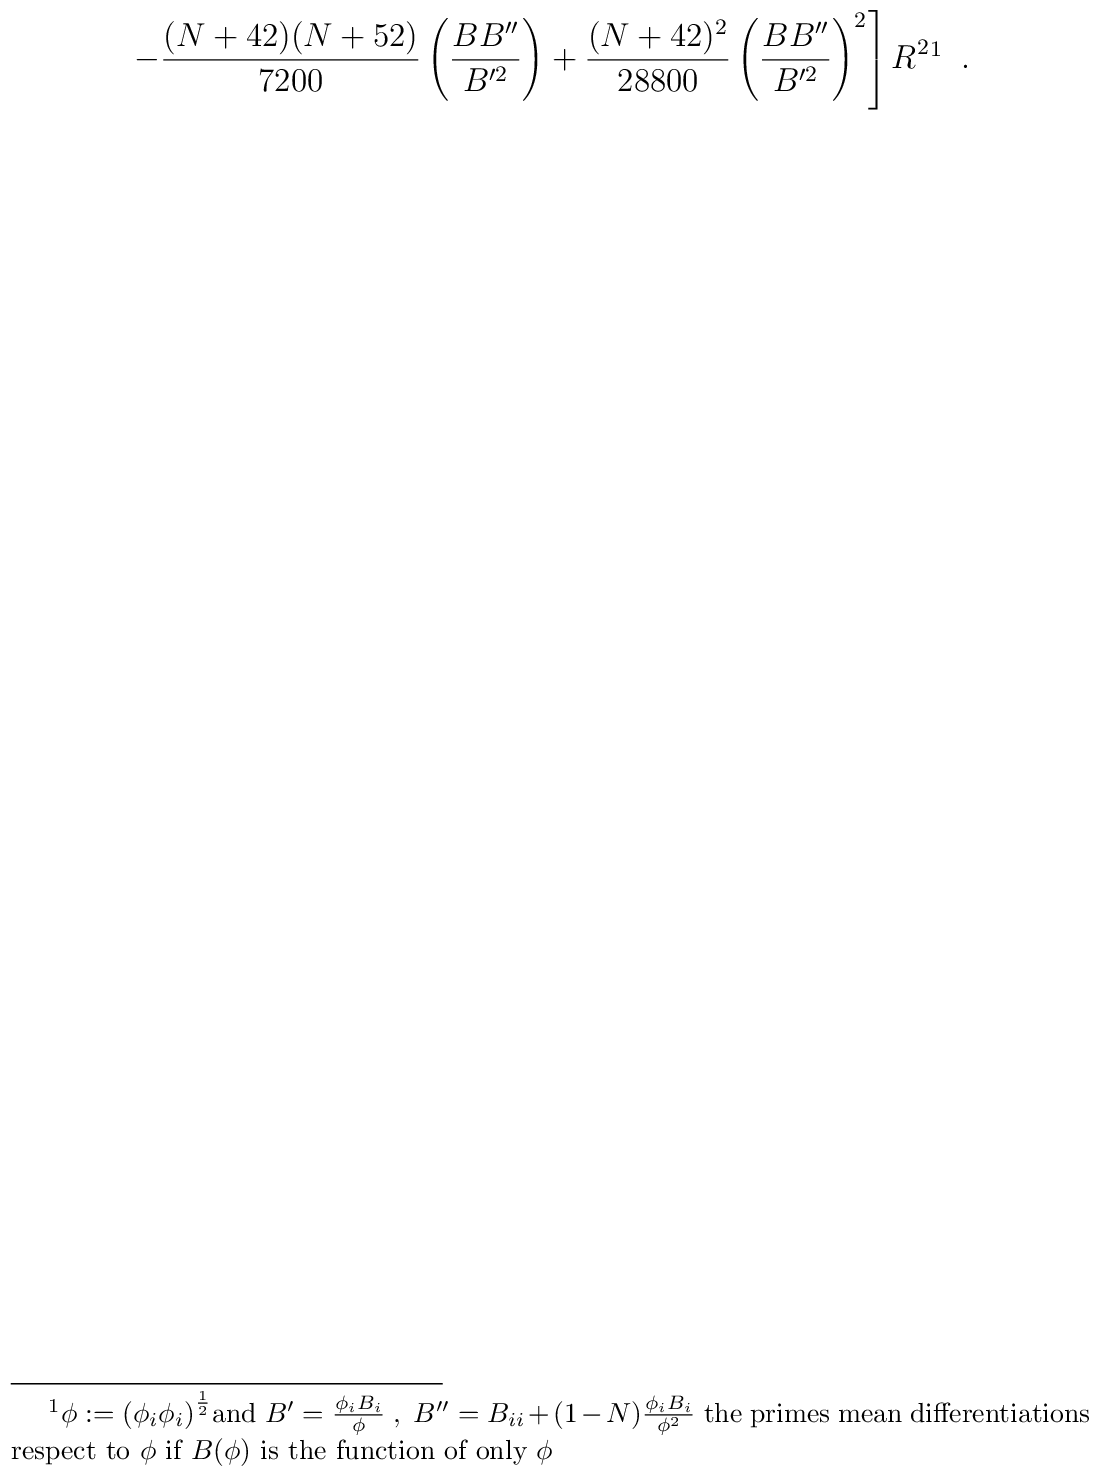
\left.-\frac{(N+42)(N+52)}{7200}\left( \frac{B B^{\prime \prime}}{B^{\prime 2}}\right)+\frac{(N+42)^2}{28800}\left( \frac{B B^{\prime \prime}}{B^{\prime 2}}\right)^2\right]R^2\footnote{$\phi:=\left(\phi_i \phi_i \right)^{\frac{1}{2}}$and $B^{\prime}= \frac{\phi_i B_i}{\phi}\;,\;B^{\prime \prime}= B_{ii}+(1-N)\frac{\phi_i B_i}{\phi^2}$ the primes mean differentiations respect to $\phi$ if $B(\phi)$ is the function of only $\phi$}\;\;.